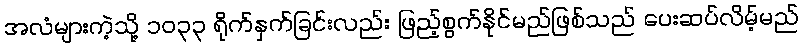
အလံများကဲ့သို့ ၁၀၃၃ ရိုက်နှက်ခြင်းလည်း ဖြည့်စွက်နိုင်မည်ဖြစ်သည် ပေးဆပ်လိမ့်မည်